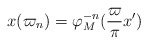
\begin{align*}x(\varpi_n) = \varphi_M^{-n}(\frac\varpi\pi x')\end{align*}